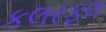
કલરફૂલ